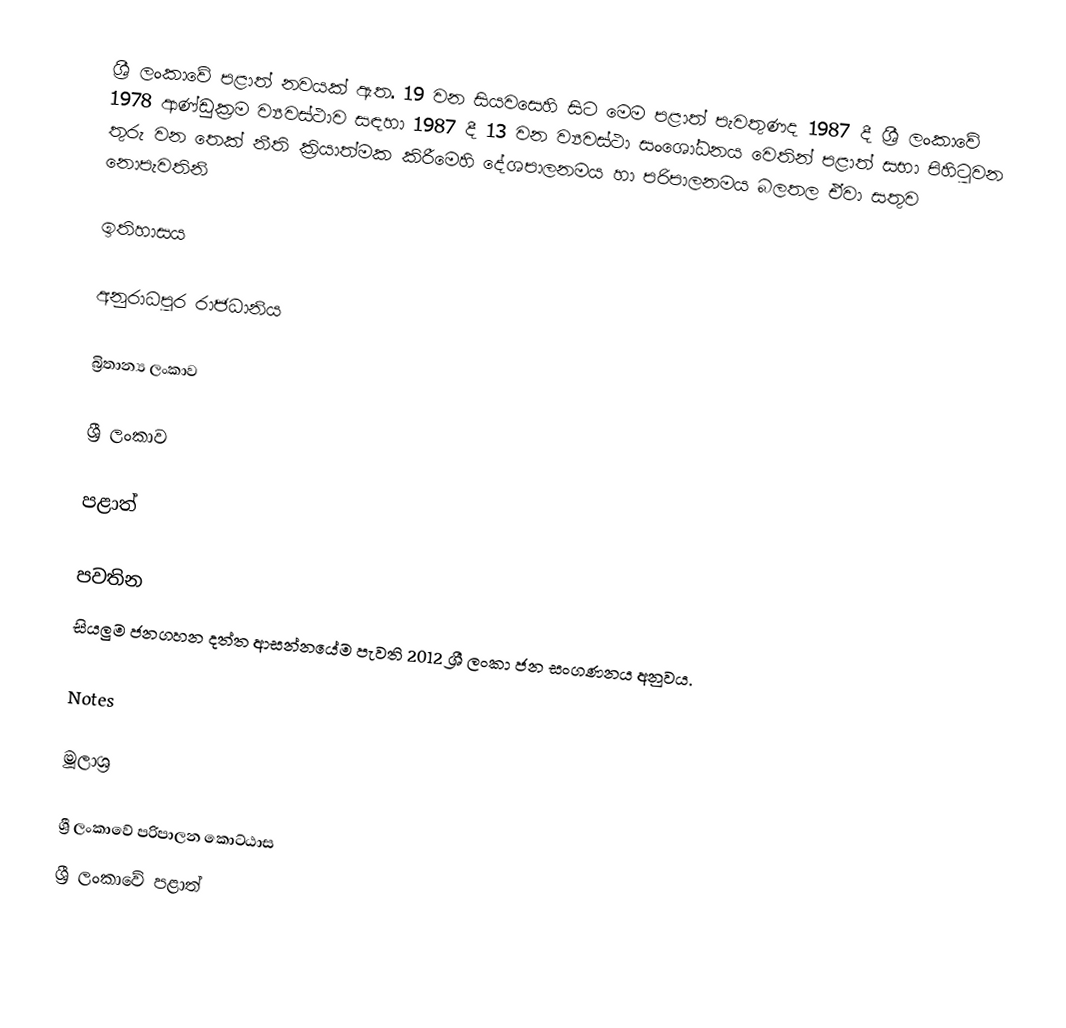
ශ්‍රී ලංකාවේ පළාත්  නවයක් ඇත. 19 වන සියවසෙහි සිට මෙම පළාත් පැවතුණද 1987 දී ශ්‍රී ලංකාවේ 1978 ආණ්ඩුක්‍රම ව්‍යවස්ථාව සඳහා 1987 දී 13 වන ව්‍යවස්ථා සංශෝධනය වෙතින් පළාත් සභා පිහිටුවන තුරු  වන තෙක් නීති ක්‍රියාත්මක කිරීමෙහි දේශපාලනමය හා පරිපාලනමය බලතල ඒවා සතුව නොපැවතිනි

ඉතිහාසය

අනුරාධපුර රාජධානිය

බ්‍රිතාන්‍ය ලංකාව

ශ්‍රී ලංකාව

පළාත්

පවතින
සියලුම ජනග‍හන දත්ත ආසන්නයේම පැවති 2012 ශ්‍රී ලංකා ජන සංගණනය අනුවය.

Notes

මූලාශ්‍ර

ශ්‍රී ලංකාවේ පරිපාලන කොට්ඨාස
ශ්‍රී ලංකාවේ පළාත්